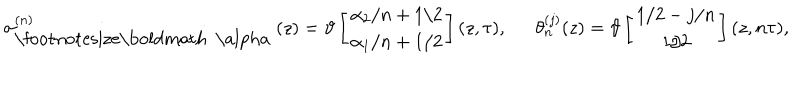
\sigma _ { \mathrm { \footnotesize \boldmath ~ \ a l p h a ~ } } ^ { ( n ) } ( z ) = \vartheta \left[ \begin{array} { c } { { \alpha _ { 2 } / n + 1 / 2 } } \\ { { \alpha _ { 1 } / n + 1 / 2 } } \\ \end{array} \right] ( z , \tau ) , \theta _ { n } ^ { ( j ) } ( z ) = \vartheta \left[ \begin{array} { c } { { 1 / 2 - j / n } } \\ { { 1 / 2 } } \\ \end{array} \right] ( z , n \tau ) ,